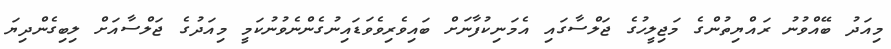
މިއަދު ބޭއްވުނު ރައްޔިތުންގެ މަޖިލީހުގެ ޖަލްސާގައި އެމަނިކުފާނަށް ބައިވެރިވެވަޑައިނުގެންނެވުނުކަމީ މިއަދުގެ ޖަލްސާއަށް ލިބިގެންދިޔަ